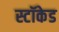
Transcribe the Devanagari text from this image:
स्टॉकेड